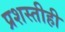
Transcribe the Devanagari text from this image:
प्रशस्तीही